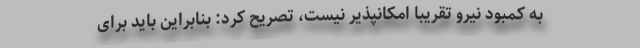
به کمبود نیرو تقریبا امکانپذیر نیست، تصریح کرد: بنابراین باید برای